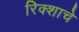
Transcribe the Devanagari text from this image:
रिक्शाचे